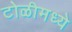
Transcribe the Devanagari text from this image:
टोळीमध्ये